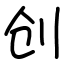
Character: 创